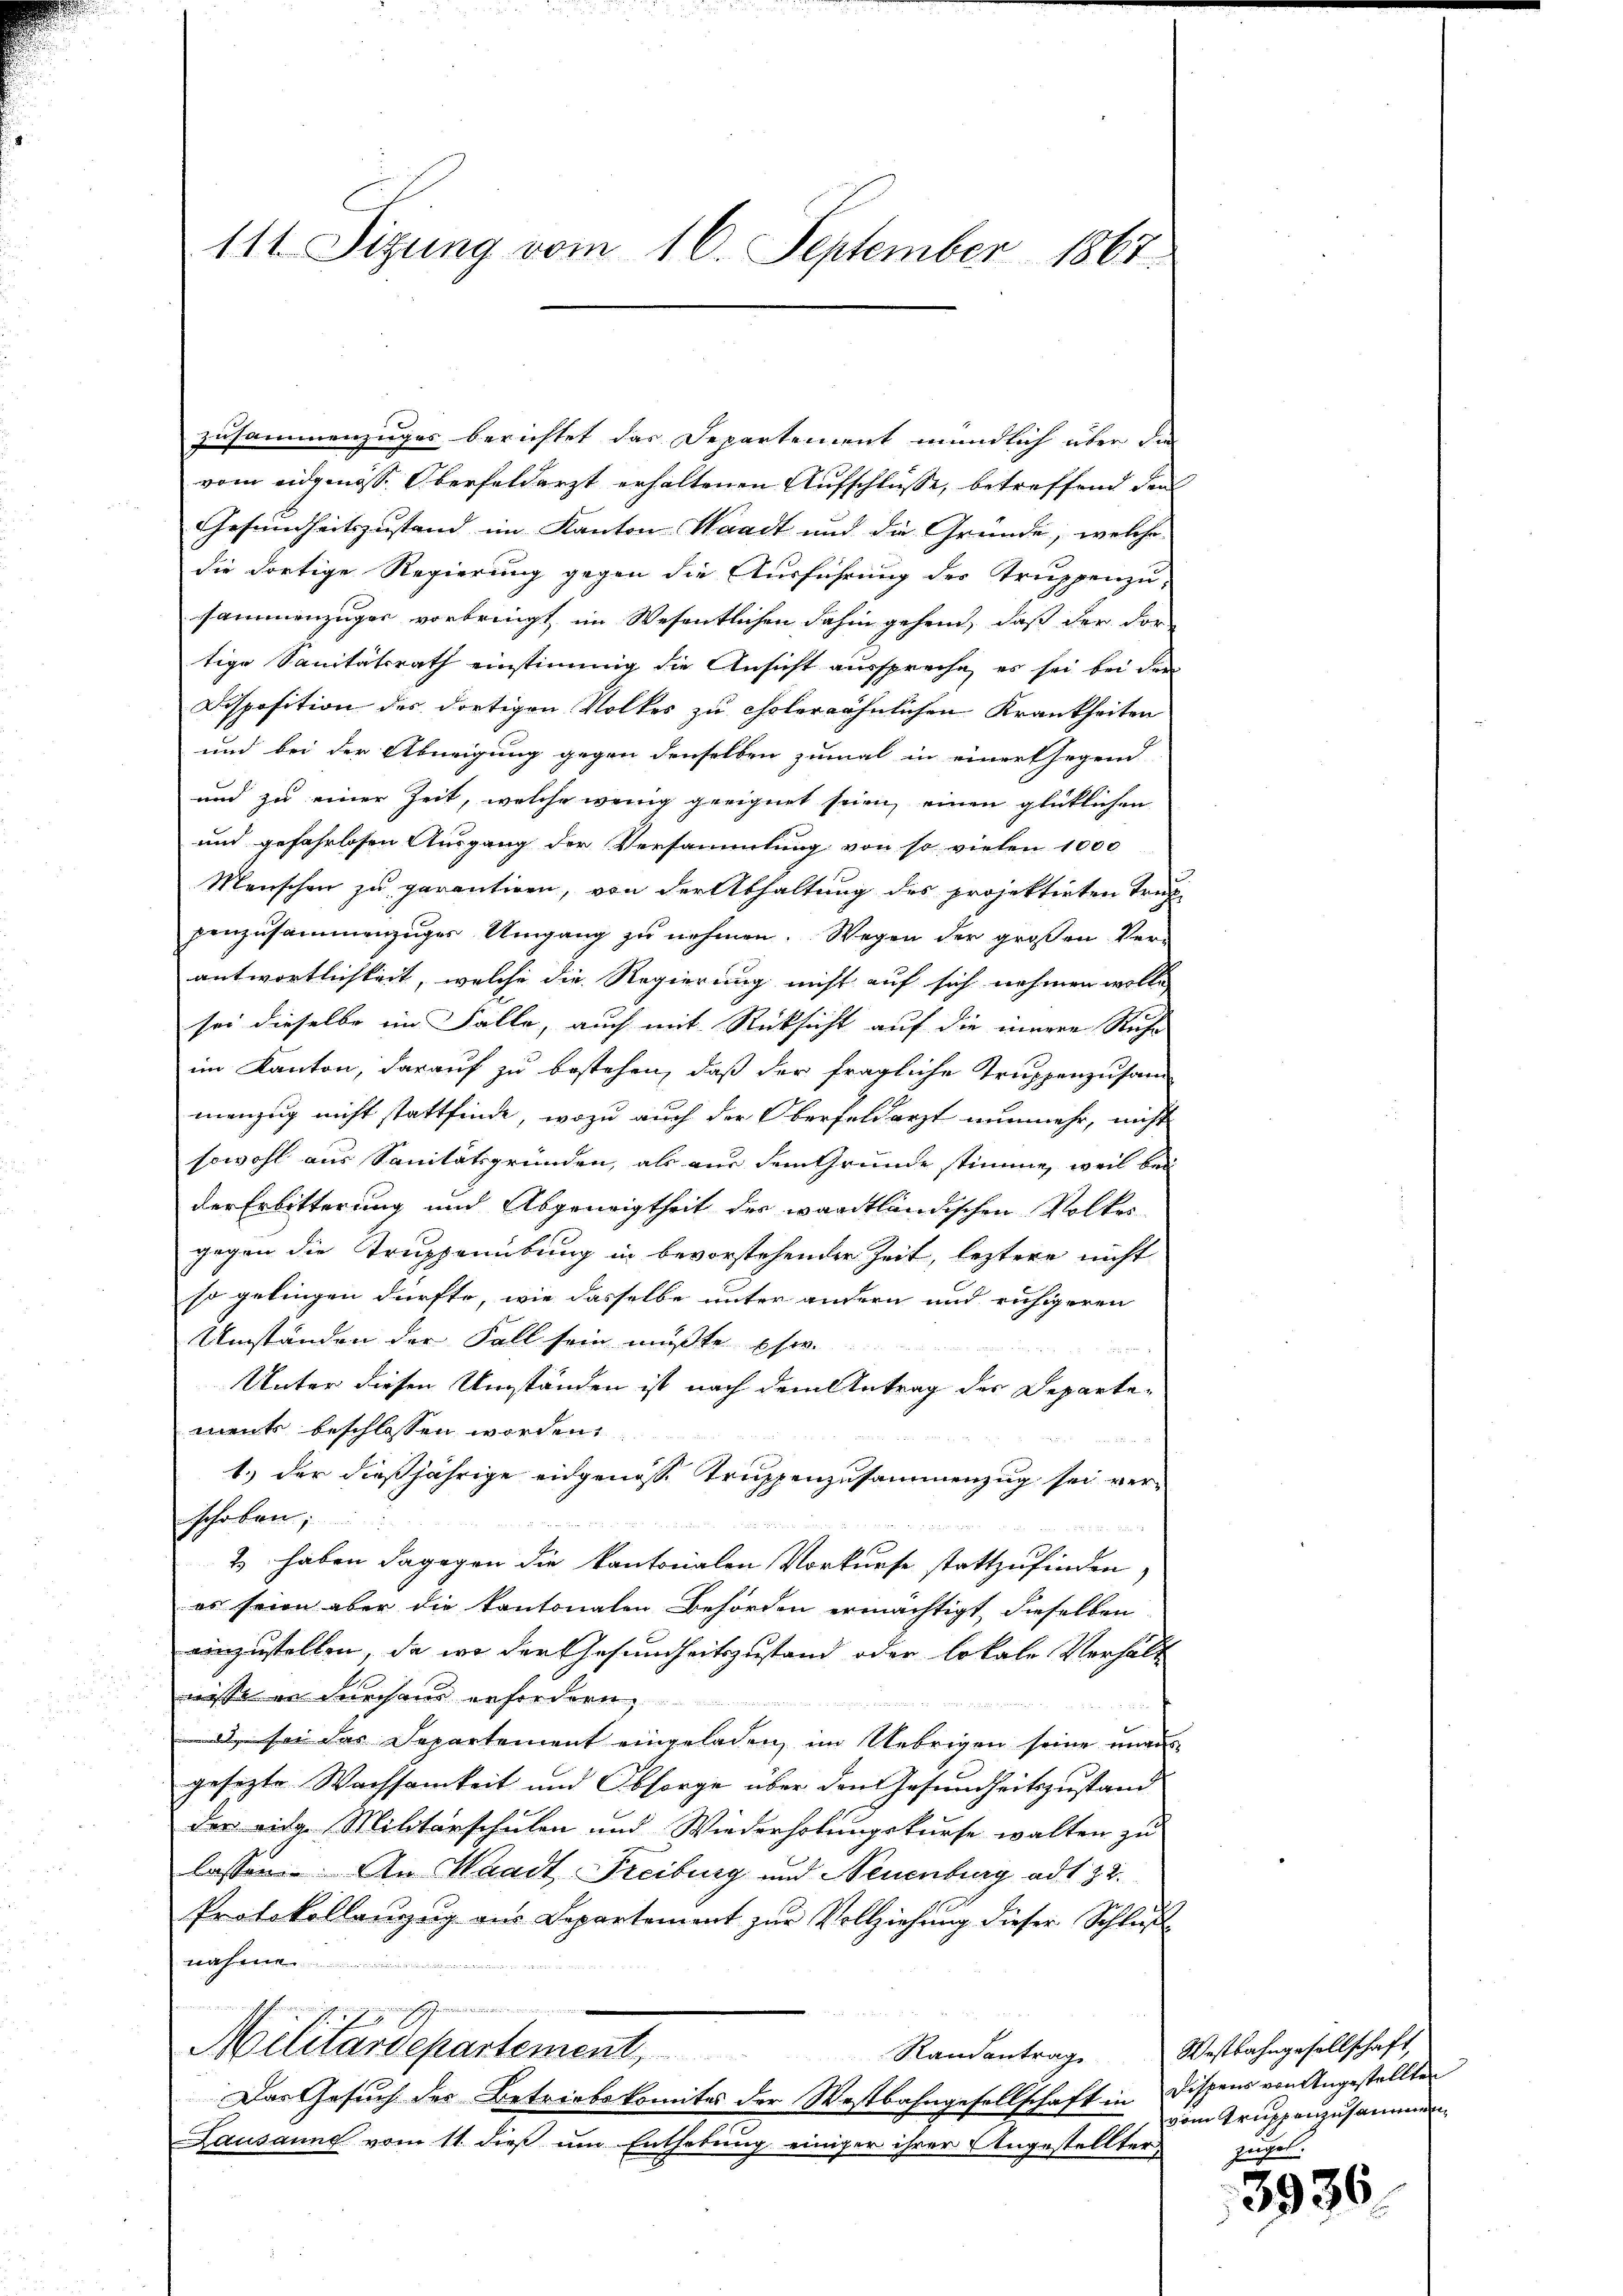
111. Sizung vom 16. September 1867.

zusammenzuges berichtet das Departement mündlich über die
vom eidgenöss. Oberfeldarzt erhaltenen Aufschlüsse, betreffend den
Gesundheitszustand im Kanton Waadt und die Gründe, welche
die dortige Regierung gegen die Ausführung der Truppenzu-
sammenzuger vorbringt im Wesentlichen dahin gehend, daß der dor
tige Sanitätsrath einstimmig die Ansicht ausspreche, es sei bei der
Disposition des dortigen Volkes zu cholerwöhnlichen Krankheiten
und bei der Abneigung gegen denselben zumal in einert hegend
und zu einer Zeit, welche wenig geeignet seien, einen glücklichen
und gefahrlosen Ausgang der Versammlung von so vielen 1000
Menschen zu parantiren, von der Abhaltung des projektirten Treppenzusammenzuges Umgang zu nehmen. Wegen der großen Verantwortlichkeit, welche die Regierung nicht auf sich nehmen wolle
sei dieselbe im Falle, auch mit Rücksicht auf die innere Richt
im Kanton, darauf zu bestehen, daß der fragliche Truppenzusam-
menzug nicht stattfinde, wozu auch der Oberfelderst nunmehr, nicht
sowohl aus Sanitätsgründen, als aus dem Grunde stimme, weil bei
der Erbitterung und Abgeneigtheit der waadtländischen Volkes
gegen die Truppenübung in bevorstehender Zeit, leztere nicht
so gelingen dürfte, wie dasselbe unter andern und ruhigeren
Umständen der Fall sein mußte so
Unter diesen Umständen ist nach dem Antrag der Departe-
nants beschlossen worden,
1.) der dießjährige eidgenosse Truppenzusammenzug sei verschoben;

& haben dagegen die kantonalen Vorkurse stattzufinden,
es seien aber die kantonalen Behörden ermächtigt, dieselben
einzustellen, da wo der Gesundheitszustand oder lokale Verhält
wisse in durchaus erfordern,
il sei das Departement eingeladen, im Uebrigen seine unausgesezte Wachsamkeit und Obsorge über den Gesundheitszustand
der eidg. Militärschulen und Wiederholungskurse walten zu
lassen. An Waadt Freiburg und Neuenburg ad 132.
Protokollanzug aus Departement zur Vollziehung dieser Schlußnahme
.
.
.
Militärdepartement,
Randantrage Westbahngesellschaft,
Das Gesuch der Betriebskomites der Westbahngesellschaft in Dispens von Angestellten
Lausanne vom 11. dieß um Enthebung einiger ihrer Angestellter

vom Truppenzusammen,
prösel.

3936